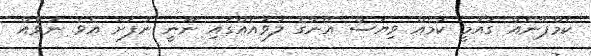
ކެމްޕޭނެއް ގައުމީ ކަމެއް ވިޔަސް އޭނާގެ ލަވައެއްގައި ނޫނީ ނުފަށަ އެވެ. ނުވެއް